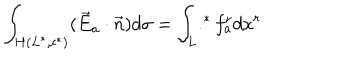
LaTeX: \int _ { H ( L ^ { * } , c ^ { * } ) } ( \vec { E } _ { a } \cdot \vec { n } ) d \sigma = \int _ { L } . ^ { * } f _ { a } ^ { r } d x ^ { r }